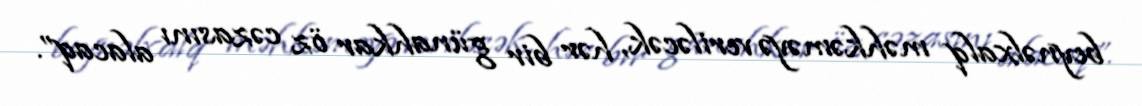
beynəlxalq məhkəməyə veriləcək, hər bir günahkar öz cəzasını alacaq”.